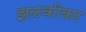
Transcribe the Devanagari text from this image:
झळकीकर